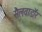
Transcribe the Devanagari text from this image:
सैलवाडॉर